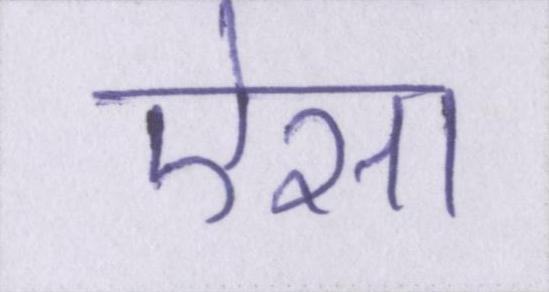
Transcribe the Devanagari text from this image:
ऐसा